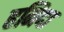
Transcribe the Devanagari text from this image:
हमिदा